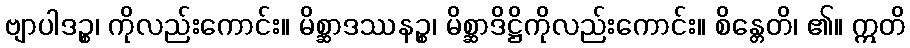
ဗျာပါဒဉ္စ၊ ကိုလည်းကောင်း။ မိစ္ဆာဒဿနဉ္စ၊ မိစ္ဆာဒိဋ္ဌိကိုလည်းကောင်း။ စိန္တေတိ၊ ၏။ ဣတိ